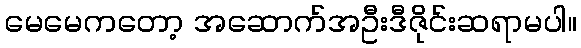
မေမေကတော့ အဆောက်အဦးဒီဇိုင်းဆရာမပါ။